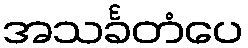
အသင်္ခတံပေ